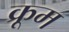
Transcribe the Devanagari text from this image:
क्रूम